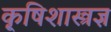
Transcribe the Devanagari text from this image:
कृ्षिशास्त्रज्ञ